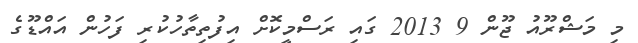
މި މަޝްރޫއު ޖޫން 9 2013 ގައި ރަސްމީކޮށް އިފުތިތާހުކުރި ފަހުން އައްޑޫގެ